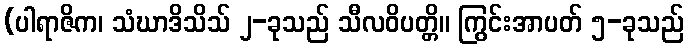
(ပါရာဇိက၊ သံဃာဒိသိသ် ၂-ခုသည် သီလဝိပတ္တိ။ ကြွင်းအာပတ် ၅-ခုသည်